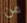
من